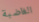
الغاضبة